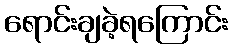
ရောင်းချခဲ့ရကြောင်း